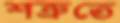
শত্রুতে